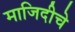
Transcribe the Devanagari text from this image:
माजिदीचे